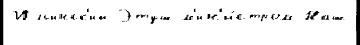
Ильинск'ий Этуш м'ин'и́стром Наш